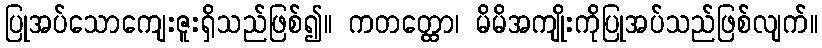
ပြုအပ်သောကျေးဇူးရှိသည်ဖြစ်၍။ ကတတ္ထော၊ မိမိအကျိုးကိုပြုအပ်သည်ဖြစ်လျက်။